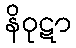
နိဝုဋာ